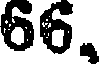
66.